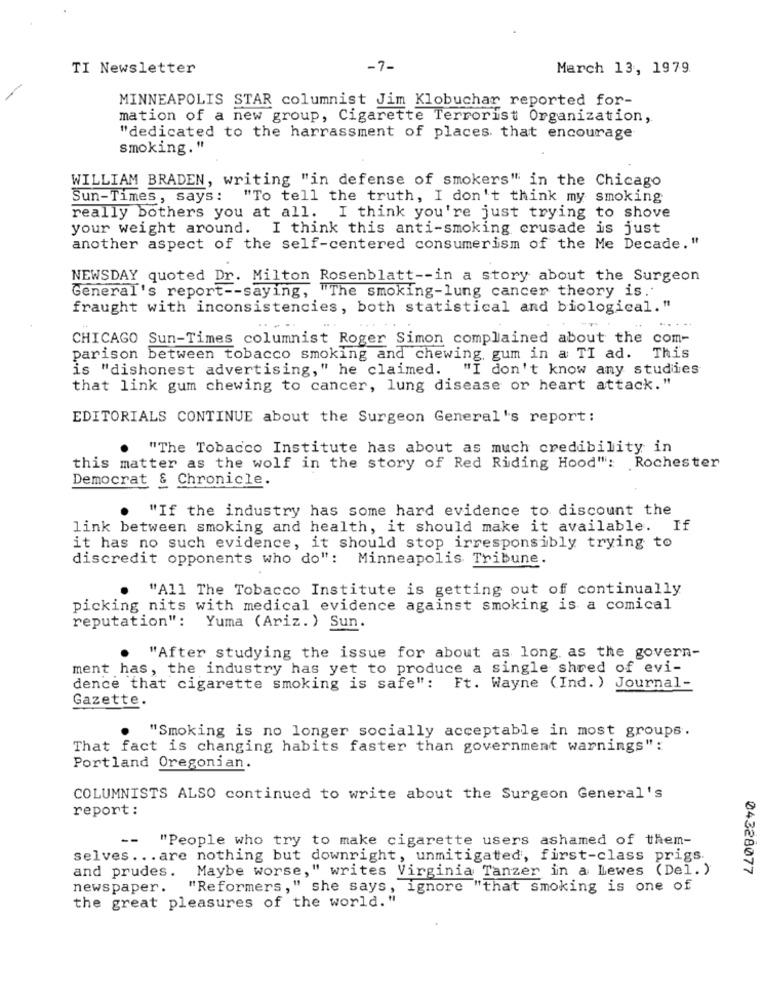
TI Newsletter
-7-
March 13, 1979.
MINNEAPOLIS STAR columnist Jim Klobuchar reported for-
mation of a new group, Cigarette Terrorist Organization,
"dedicated to the harrassment of places. that encourage
smoking."
WILLIAM BRADEN, writing "in defense of smokers" in the Chicago
Sun-Times, says: "To tell the truth, I don't think my smoking
really bothers you at all. I think you're just trying to shove
your weight around. I think this anti-smoking crusade is just
another aspect of the self-centered consumerism of the Me Decade."
NEWSDAY quoted Dr. Milton Rosenblatt -- in a story about the Surgeon
General's report -- saying, "The smoking-lung cancer theory is."
fraught with inconsistencies, both statistical and biological."
...
CHICAGO Sun-Times columnist Roger Simon complained about the com-
parison between tobacco smoking and chewing gum in a TI ad. This
is "dishonest advertising," he claimed. "I don't know any studies
that link gum chewing to cancer, lung disease or heart attack."
EDITORIALS CONTINUE about the Surgeon General's report:
"The Tobacco Institute has about as much credibility in
this matter as the wolf in the story of Red Riding Hood": Rochester
Democrat & Chronicle.
"If the industry has some hard evidence to discount the
link between smoking and health, it should make it available. If
it has no such evidence, it should stop irresponsibly trying to
discredit opponents who do": Minneapolis Tribune.
"All The Tobacco Institute is getting out of continually
picking nits with medical evidence against smoking is a comical
reputation": Yuma (Ariz. ) Sun.
"After studying the issue for about as long as the govern-
ment has, the industry has yet to produce a single shred of evi-
dence that cigarette smoking is safe": Ft. Wayne (Ind. ) Journal-
Gazette.
"Smoking is no longer socially acceptable in most groups.
That fact is changing habits faster than government warnings":
Portland Oregonian.
COLUMNISTS ALSO continued to write about the Surgeon General's
report:
--
"People who try to make cigarette users ashamed of them-
selves ... are nothing but downright, unmitigated, first-class prigs.
04328077
and prudes.
Maybe worse,"
," writes Virginia Tanzer in a Lewes (Del. )
newspaper.
"Reformers," she says, ignore "that smoking is one of
the great pleasures of the world. "